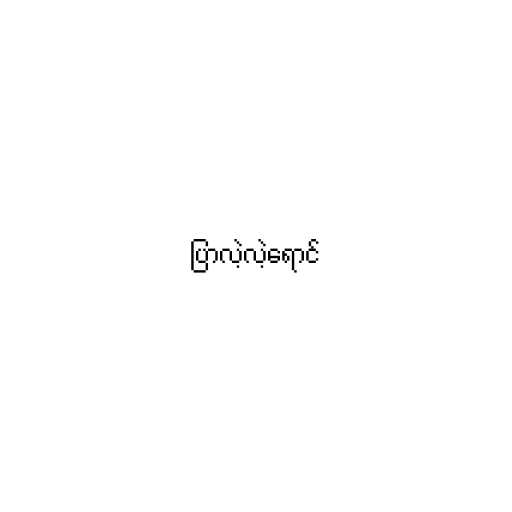
ပြာလဲ့လဲ့ရောင်